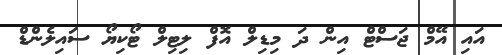
އައި އޭމް ޖަސްޓް އިން ދަ މިޑިލް އޮފް ލިޓިލް ޓޯކިޔޯ ސައިލެންޑް